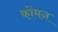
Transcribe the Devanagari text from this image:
कोंमन